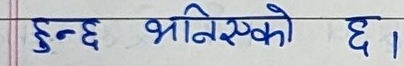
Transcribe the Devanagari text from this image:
हुन्छ भनिएको छ।